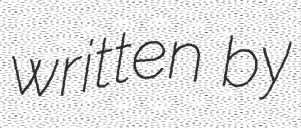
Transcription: written by